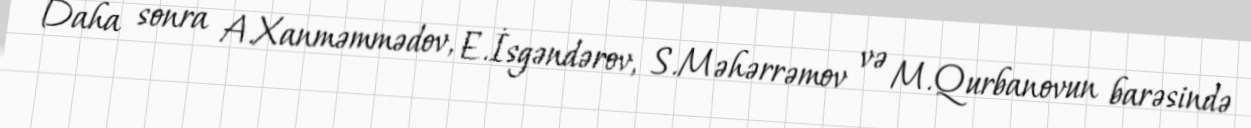
Daha sonra A.Xanməmmədov, E.İsgəndərov, S.Məhərrəmov və M.Qurbanovun barəsində